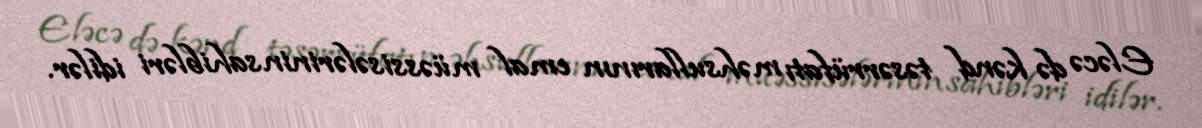
Eləcə də kənd təsərrüfatı məhsullarının emal müəssisələrinin sahibləri idilər.